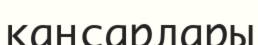
қаңсарлары